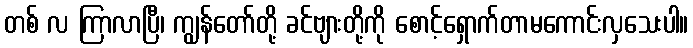
တစ် လ ကြာလာပြီ၊ ကျွန်တော်တို့ ခင်ဗျားတို့ကို စောင့်ရှောက်တာမကောင်းလှသေးပါ။